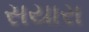
સયારા